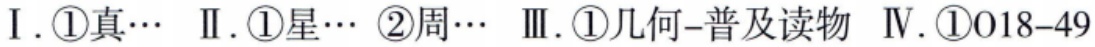
I. \textcircled{1}真\cdots  II. \textcircled{1}星\cdots  \textcircled{2}周\cdots  III. \textcircled{1}几何-普及读物  IV. \textcircled{1}018 - 49